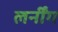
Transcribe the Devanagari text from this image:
लर्नींग